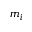
m _ { i }